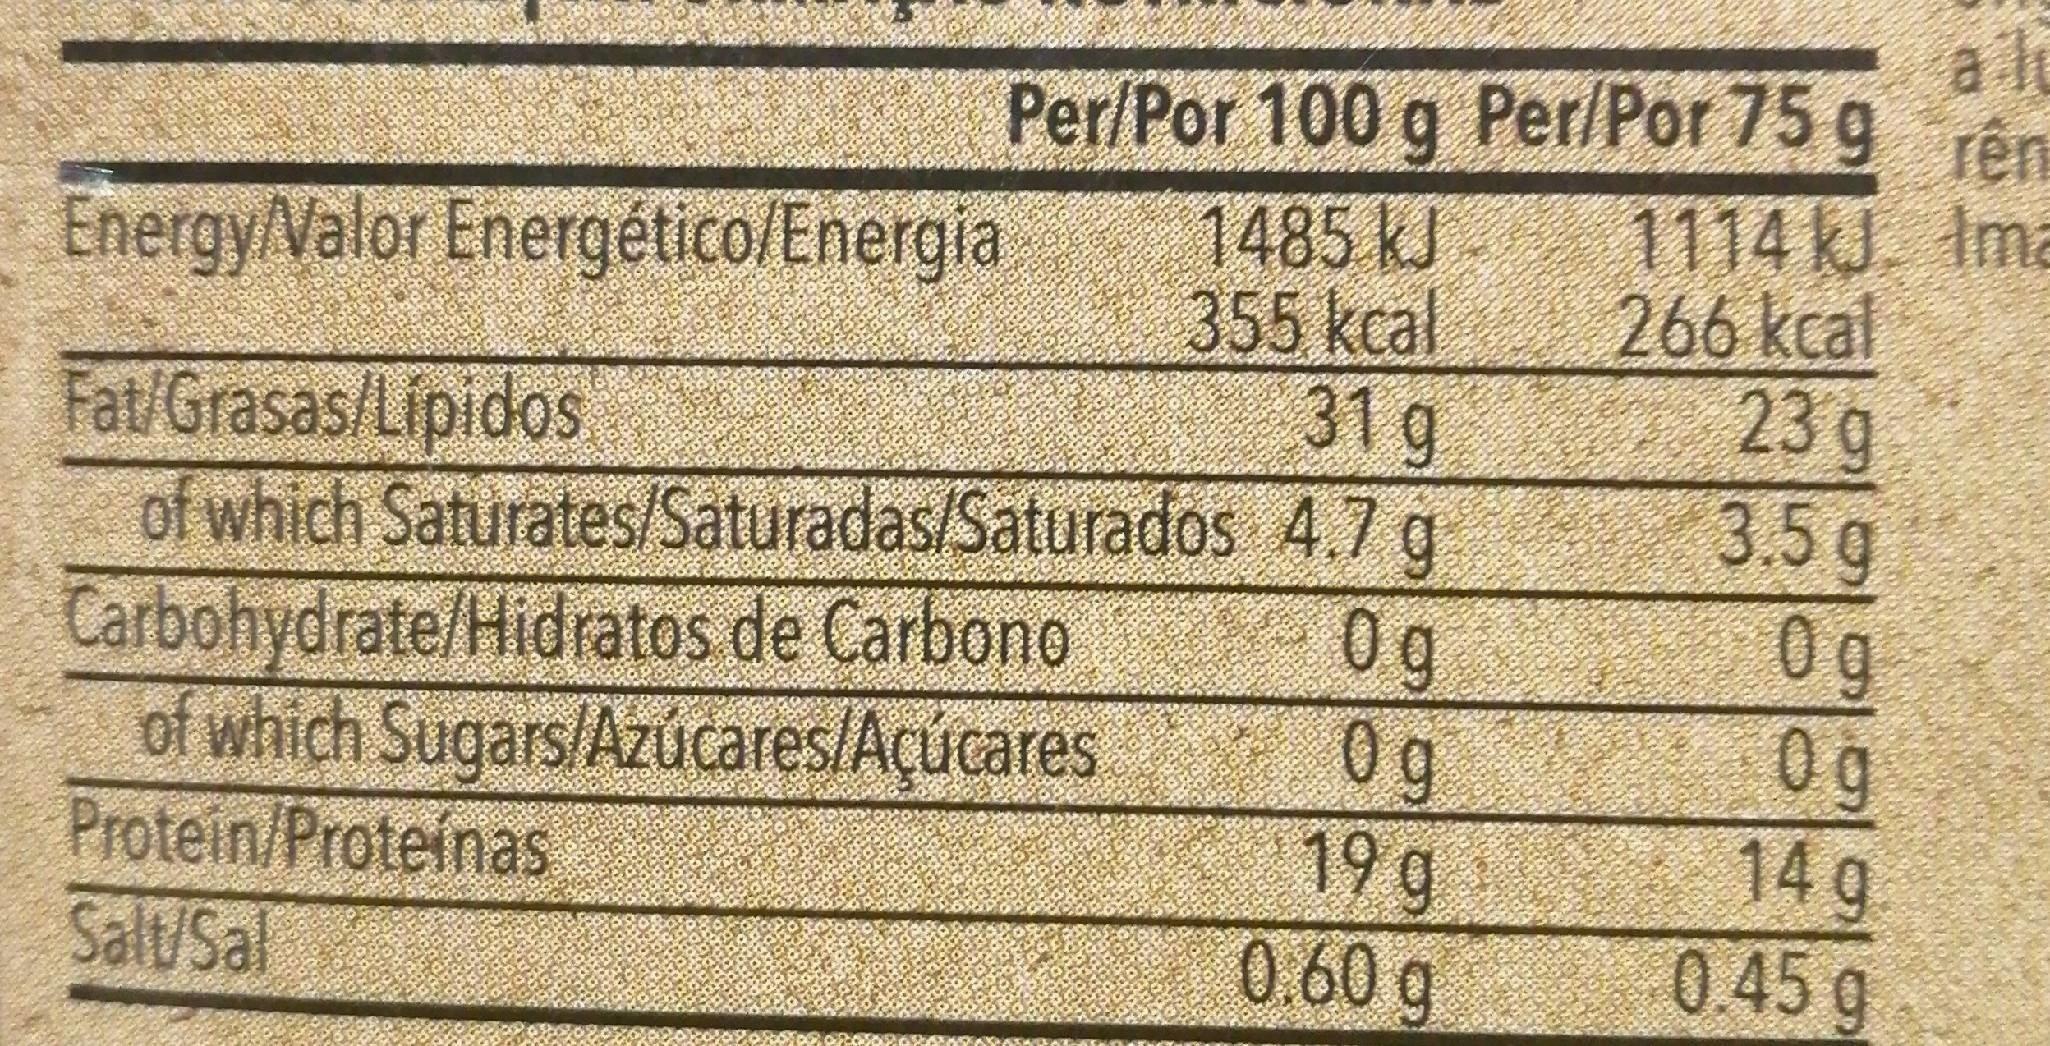
a l
Per/Por 100 g Per/Por 75 g rên
rên 1114 kJ. Ima 266kcal 23g 3.5 g 0g 0 g 14 g 045 g
1485 kJ 355kcal 31 g
EnergyValor Energético/Energia
Fat/Grasas/Lipidos
Carbohydrate/Hidratos de Carbono of which Sugars/Azúcares/Açúcares Protein/Proteinas Salt/Sal
of which Saturates/Saturadas/Saturados 4.7 g 0g 0g 19g 0.60 g